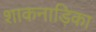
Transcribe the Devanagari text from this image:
शाकनाड़िका